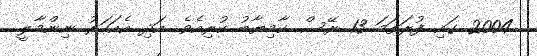
2004 ގައި ފުރަތަމަ 13 ރޭސް ކާމިޔާބު ކުރިއެެވެ. އަދި އެއަހަރު ނިންމާލީ